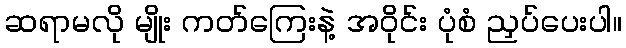
ဆရာမလို မျိုး ကတ်ကြေးနဲ့ အဝိုင်း ပုံစံ ညှပ်ပေးပါ။